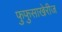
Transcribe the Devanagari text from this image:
फुफुसाखेरीज